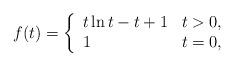
LaTeX: \begin{align*}f(t) = \left\{\begin{array}{ll}t\ln t- t+1 & t>0,\\1 & t=0,\end{array}\right.\end{align*}